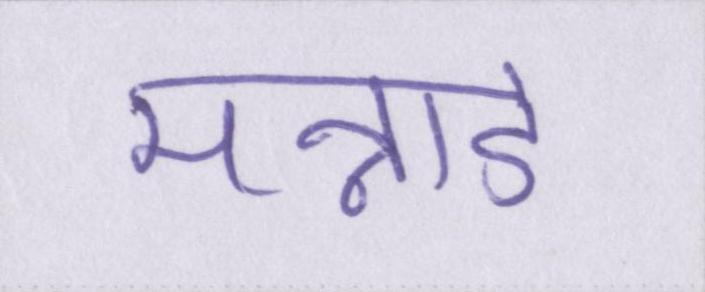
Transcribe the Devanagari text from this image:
मन्नाडे